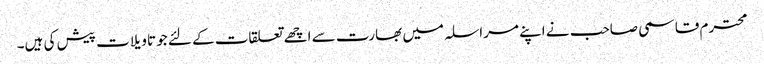
محترم قاسمی صاحب نے اپنے مراسلہ میں بھارت سے اچھے تعلقات کے لئے جو تاویلات پیش کی ہیں۔